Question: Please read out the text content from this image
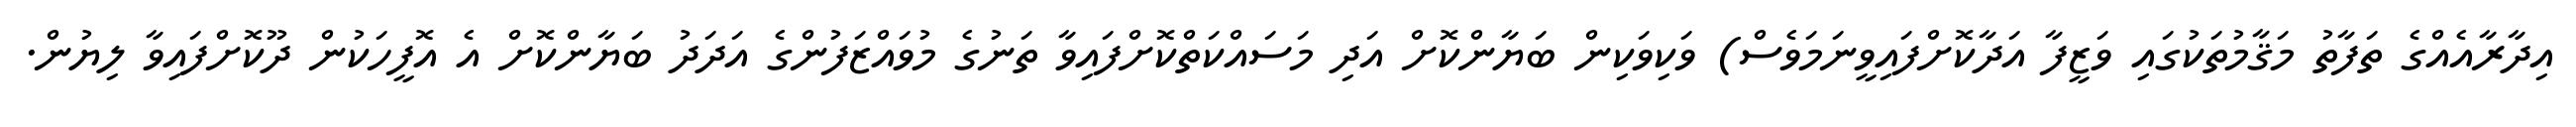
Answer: އިދާރާއެއްގެ ތަފާތު މަޤާމުތަކުގައި ވަޒީފާ އަދާކޮށްފައިވީނަމަވެސް) ވަކިވަކިން ބަޔާންކޮށް އަދި މަސައްކަތްކޮށްފައިވާ ތަނުގެ މުވައްޒަފުންގެ އަދަދު ބަޔާންކޮށް އެ އޮފީހަކުން ދޫކޮށްފައިވާ ލިޔުން.